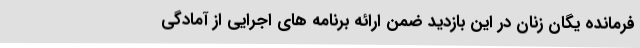
فرمانده یگان زنان در این بازدید ضمن ارائه برنامه های اجرایی از آمادگی